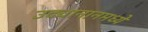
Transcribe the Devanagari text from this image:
उद्यानानमध्ये